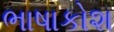
ભાષાકોશ